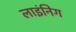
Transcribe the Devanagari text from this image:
लाइंनिग